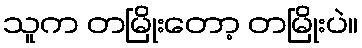
သူက တမြိုးတော့ တမြိုးပဲ။